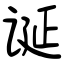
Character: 诞